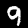
Label: 9